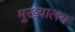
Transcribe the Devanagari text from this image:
मुख्यालय